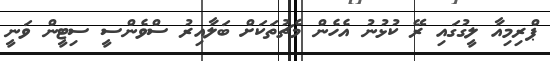
ޕްރިމިއާ ލީގުގައި ރޭ ކުޅުނު އެހެން މެޗުތަކަށް ބަލާއިރު ސްވެންސީ ސިޓީން ވަނީ